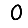
Digit: 0